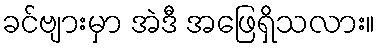
ခင်ဗျားမှာ အဲဒီ အဖြေရှိသလား။